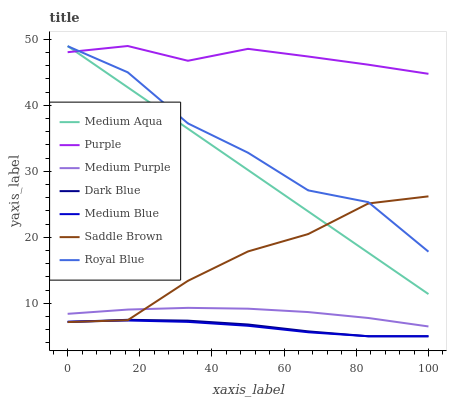
| xaxis_label | Medium Aqua | Purple | Medium Purple | Dark Blue | Medium Blue | Saddle Brown | Royal Blue |
 | --- | --- | --- | --- | --- | --- | --- | --- |
 | 0 | 49 | 48.1 | 8.4 | 7.16 | 7.21 | 7.15 | 49 |
 | 16.7 | 42.7 | 49 | 9.04 | 7.49 | 7.39 | 7.44 | 45 |
 | 33.3 | 36.5 | 46.8 | 9.3 | 7.37 | 7.18 | 13.4 | 37.3 |
 | 50 | 30.2 | 48.6 | 9.18 | 6.78 | 6.59 | 17.9 | 32.8 |
 | 66.7 | 23.9 | 47.4 | 8.67 | 5.74 | 5.61 | 20.5 | 27.1 |
 | 83.3 | 17.7 | 46.2 | 7.77 | 5 | 5 | 25.1 | 25.3 |
 | 100 | 11.4 | 44.8 | 6.49 | 5 | 5 | 26.2 | 17.8 |